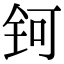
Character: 钶